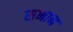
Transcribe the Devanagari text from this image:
सभान